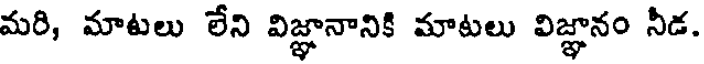
మరి, మాటలు లేని విజ్ఞానానికి మాటలు విజ్ఞానం నీడ.